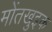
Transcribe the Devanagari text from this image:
मोंतखुइक